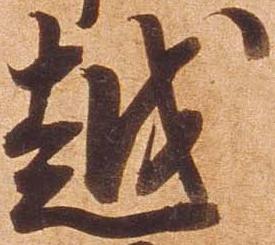
越